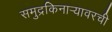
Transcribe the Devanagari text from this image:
समुद्रकिनार्‍यावरची